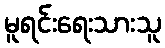
မူရင်းရေးသားသူ